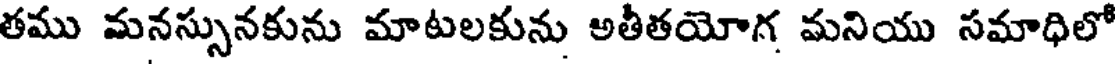
తము మనస్సునకును మాటలకును అతీతయోగ మనియు సమాధిలో